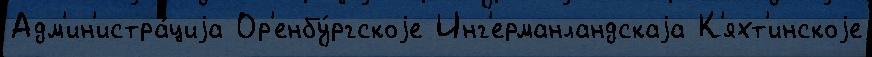
Адм'ин'истра́циjа Ор'енбу́ргскоjе Инг'ерманландскаjа К'яхт'инскоjе